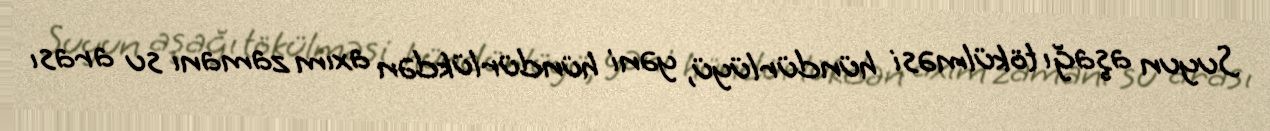
Suyun aşağı tökülməsi hündürlüyü, yəni hündürlükdən axım zamanı su arası